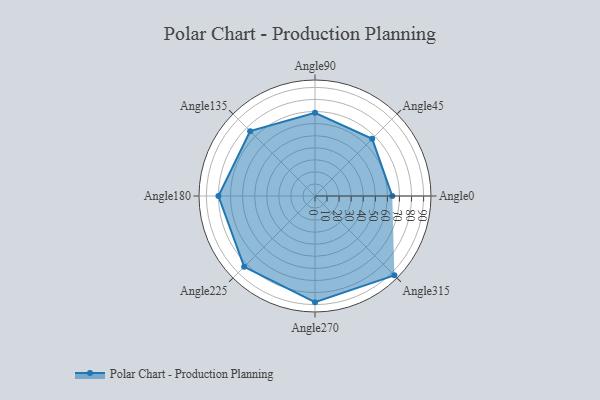
{"axis": {"x": "Angle", "y": "Radius"}, "legend": [""], "data": [{"x": "Angle0", "y": 64.0, "type": ""}, {"x": "Angle45", "y": 67.0, "type": ""}, {"x": "Angle90", "y": 69.0, "type": ""}, {"x": "Angle135", "y": 76.0, "type": ""}, {"x": "Angle180", "y": 80.0, "type": ""}, {"x": "Angle225", "y": 83.0, "type": ""}, {"x": "Angle270", "y": 88.0, "type": ""}, {"x": "Angle315", "y": 93.0, "type": ""}]}